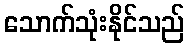
သောက်သုံးနိုင်သည်